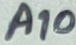
Text: A10